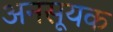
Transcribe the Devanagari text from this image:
अनसूयक